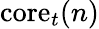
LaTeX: \mathrm{core}_{t}(n)